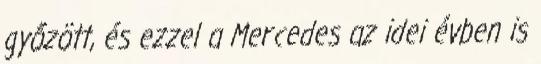
győzött, és ezzel a Mercedes az idei évben is